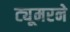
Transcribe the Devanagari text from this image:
ट्यूमरने